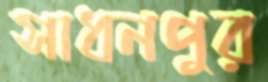
সাধনপুর